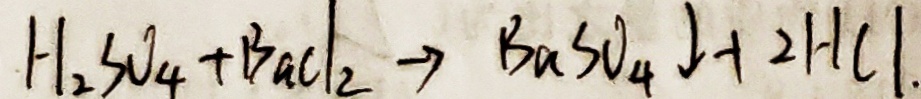
H _ { 2 } S O _ { 4 } + B a C l _ { 2 } \rightarrow B a S O _ { 4 } \downarrow + 2 H C l .